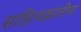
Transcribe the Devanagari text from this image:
साहित्यक्रांतीचा